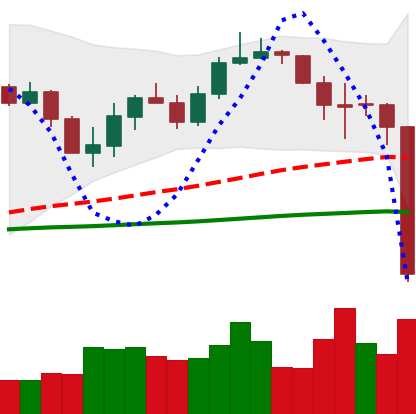
Ticker: LINK-USD
Chart end date: 2020-03-12
Forward return: -10.75%
Label: down_7plus